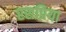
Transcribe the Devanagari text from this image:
रसप्रिया